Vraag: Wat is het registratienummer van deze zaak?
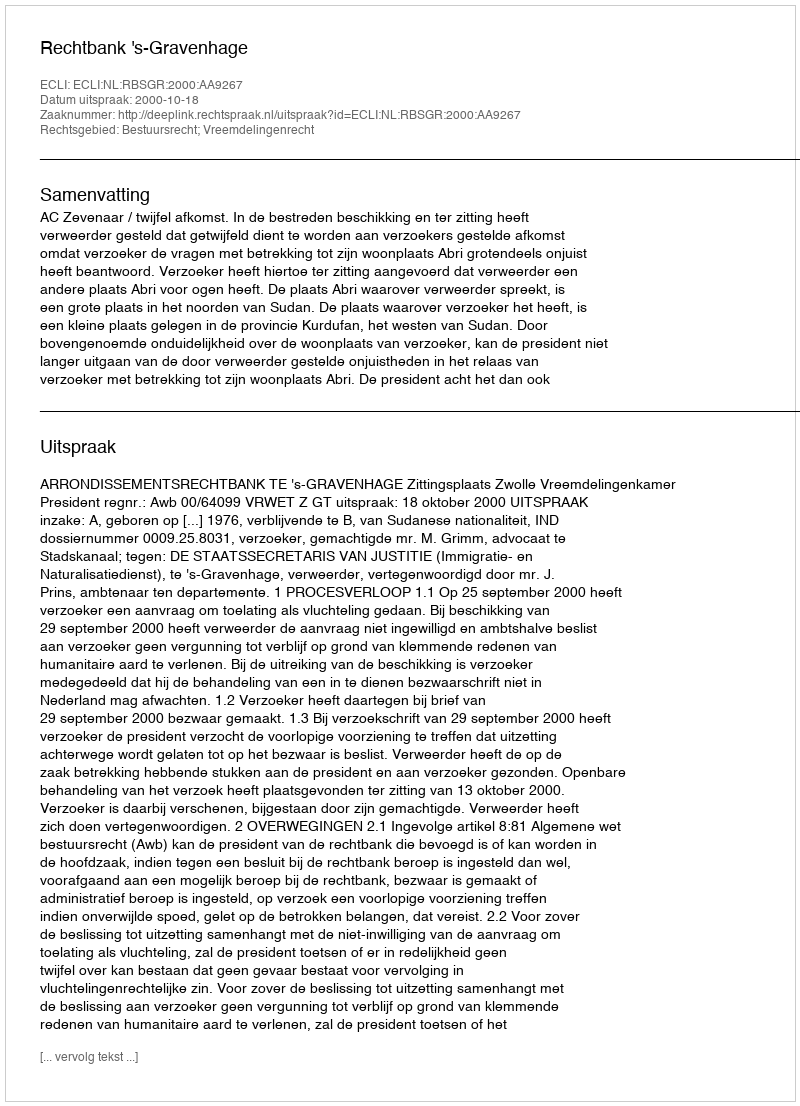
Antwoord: http://deeplink.rechtspraak.nl/uitspraak?id=ECLI:NL:RBSGR:2000:AA9267